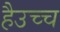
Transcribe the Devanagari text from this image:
हैउच्च